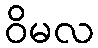
ဝိမလ